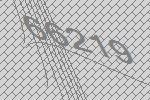
66219